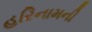
હરિનામની